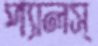
প্যালস্